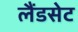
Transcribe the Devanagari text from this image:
लैंडसेट